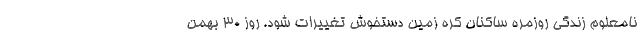
نامعلوم زندگی روزمره ساکنان کره زمین دستخوش تغییرات شود. روز ۳۰ بهمن